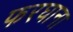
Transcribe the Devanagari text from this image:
फरघाना